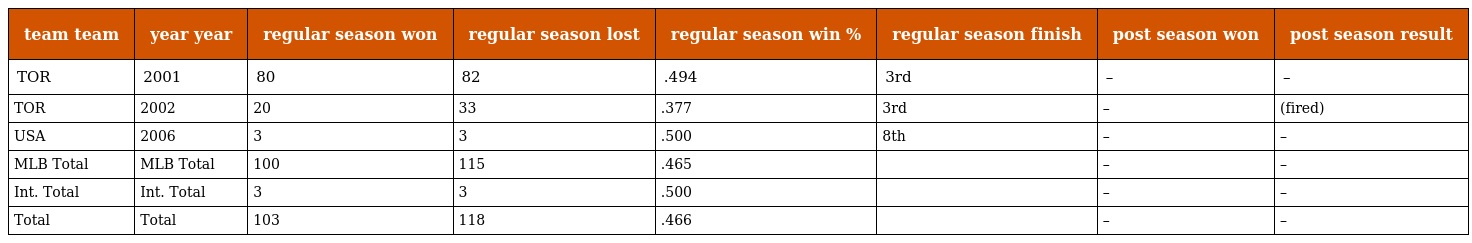
| team team | year year | regular season won | regular season lost | regular season win % | regular season finish | post season won | post season result |
 | --- | --- | --- | --- | --- | --- | --- | --- |
 | TOR | 2001 | 80 | 82 | .494 | 3rd | – | – |
 | TOR | 2002 | 20 | 33 | .377 | 3rd | – | (fired) |
 | USA | 2006 | 3 | 3 | .500 | 8th | – | – |
 | MLB Total | MLB Total | 100 | 115 | .465 |  | – | – |
 | Int. Total | Int. Total | 3 | 3 | .500 |  | – | – |
 | Total | Total | 103 | 118 | .466 |  | – | – |